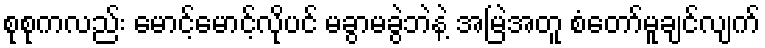
စုစုကလည်း မောင့်မောင့်လိုပင် မခွာမခွဲဘဲနဲ့ အမြဲအတူ စံတော်မူချင်လျက်